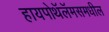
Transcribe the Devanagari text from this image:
हायपोथॅलॅमसमधील